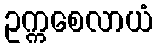
ဥက္ကစေလာယံ